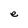
Character: e